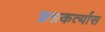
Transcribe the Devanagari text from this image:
प्रश्नकर्त्यास